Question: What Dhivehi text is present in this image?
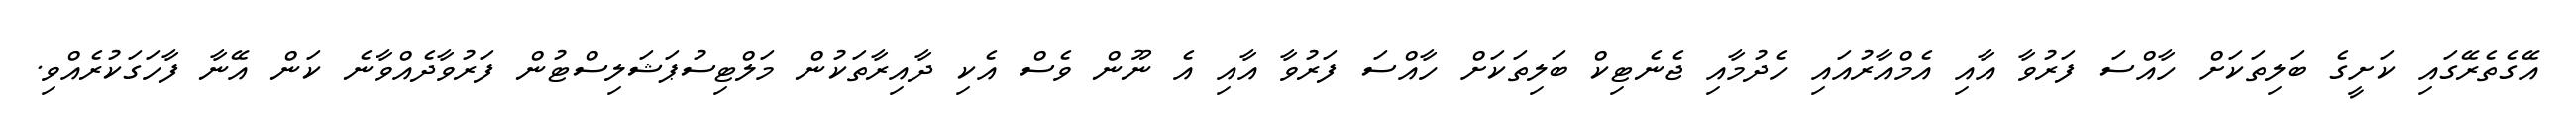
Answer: އޭގެތެރޭގައި ކަށީގެ ބަލިތަކަށް ހާއްސަ ފަރުވާ އާއި އެމްއާރުއައި ހެދުމާއި ޖެނެޓިކް ބަލިތަކަށް ހާއްސަ ފަރުވާ އާއި އެ ނޫން ވެސް އެކި ދާއިރާތަކުން މަލްޓިސުޕަޝަލިސްޓުން ފަރުވާދެއްވާނެ ކަން އޭނާ ފާހަގަކުރެއްވި.